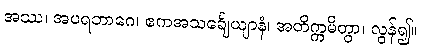
အဿ၊ အပရဘာဂေ၊ ဧကအသင်္ချေယျာနံ၊ အတိက္ကမိတွာ၊ လွန်၍။